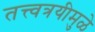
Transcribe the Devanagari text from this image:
तत्त्वत्रयीमुळे